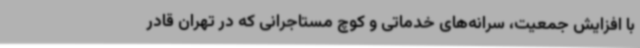
با افزایش جمعیت، سرانه‌های خدماتی و کوچ مستاجرانی که در تهران قادر